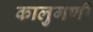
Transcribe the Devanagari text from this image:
कालुगणी